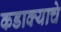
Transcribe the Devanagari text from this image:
कडाक्याचे